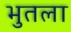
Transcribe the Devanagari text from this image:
भुतला